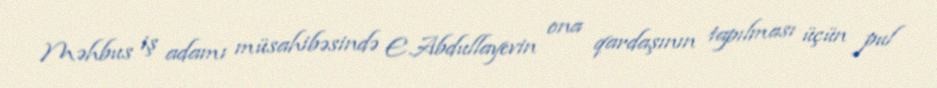
Məhbus iş adamı müsahibəsində E.Abdullayevin ona qardaşının tapılması üçün pul